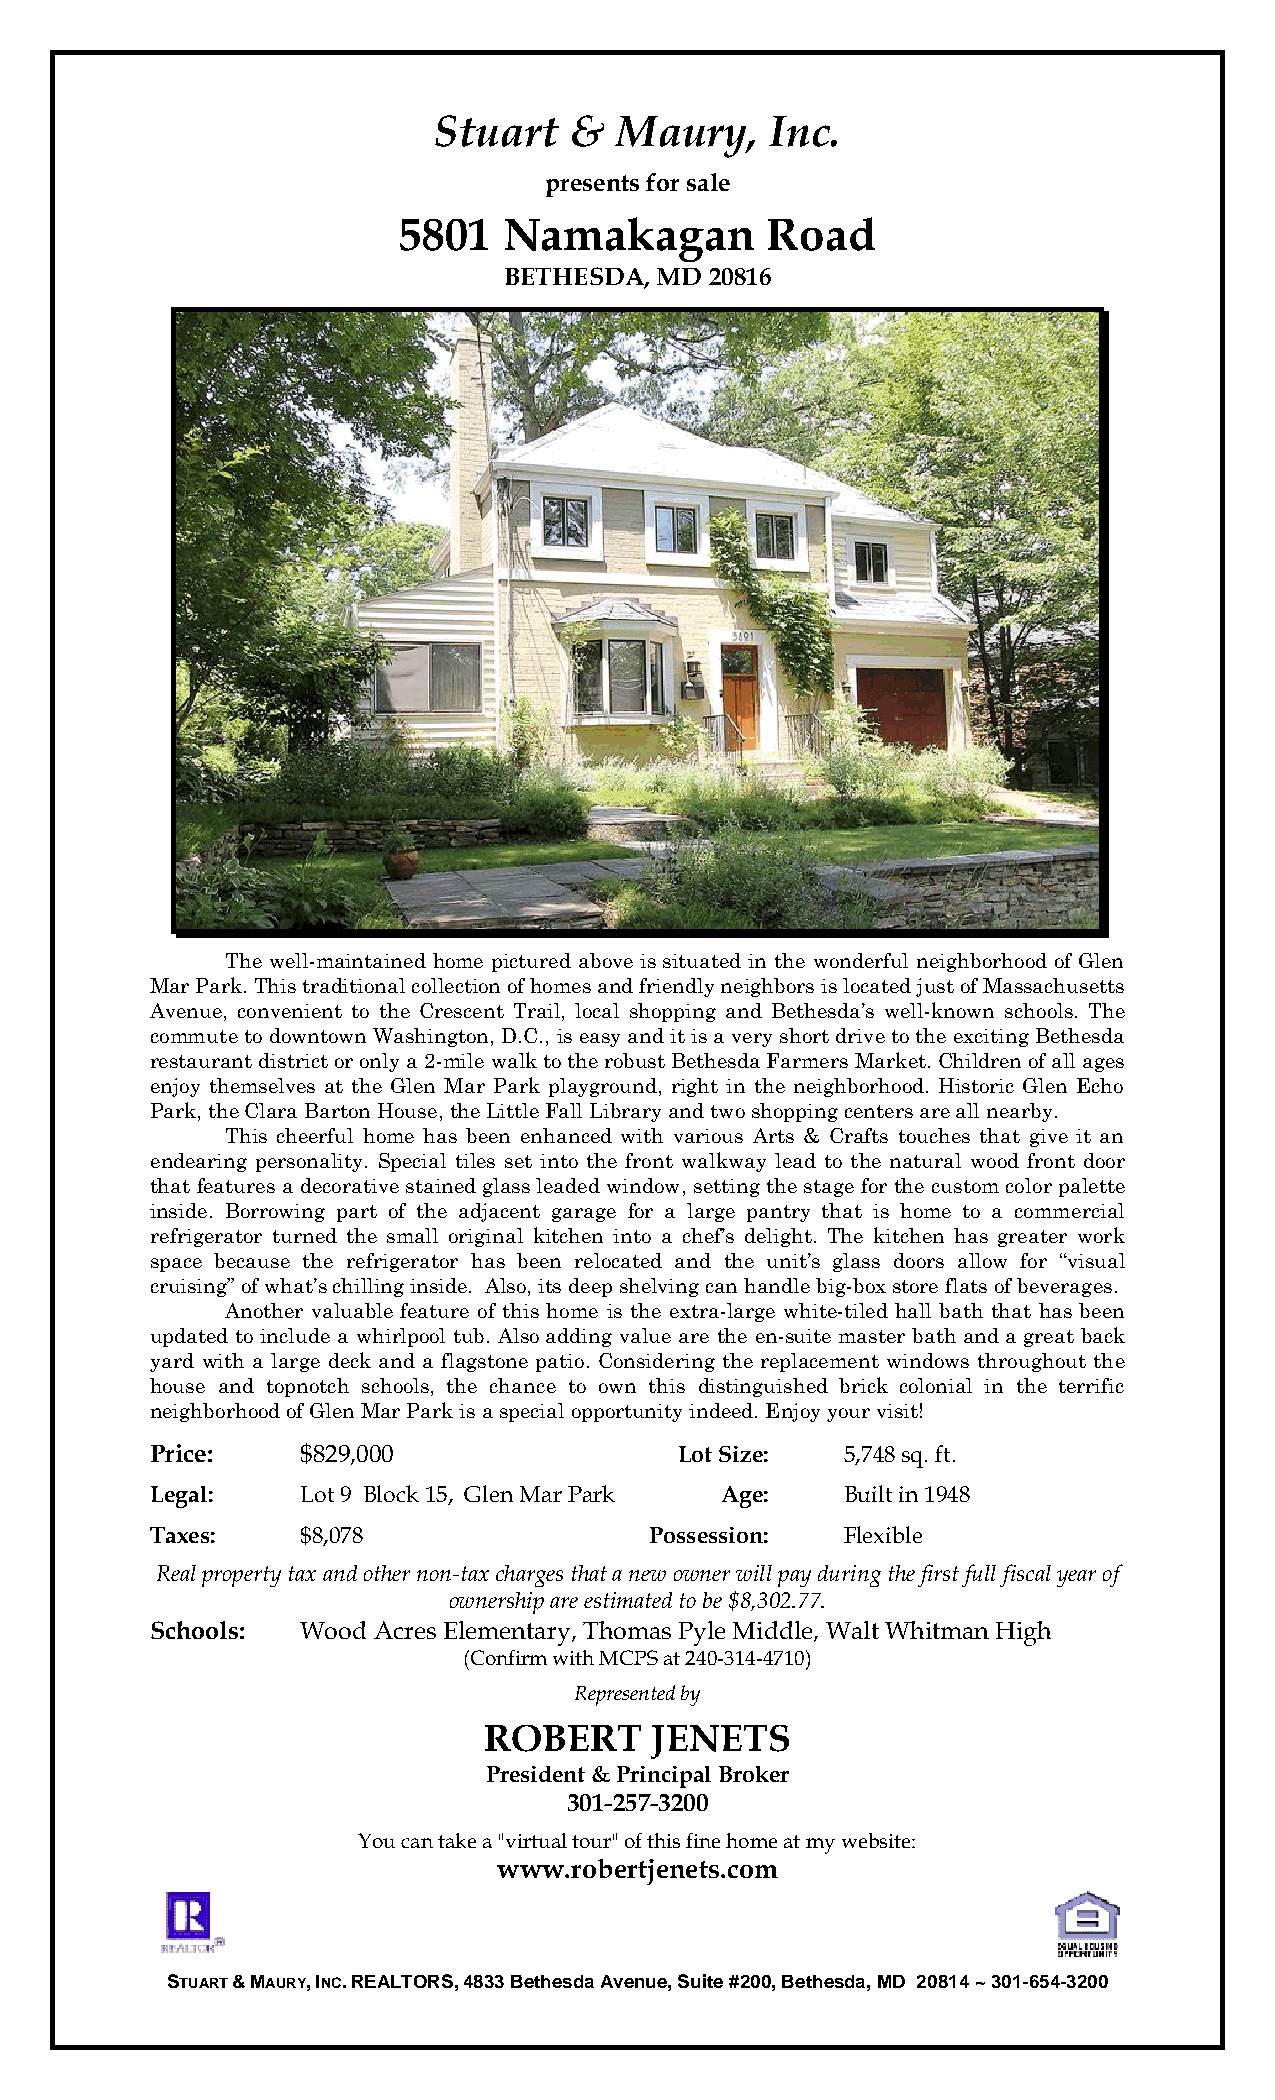
Stuart   &  Maury,    Inc.
 presents for sale
 5801   Namakagan         Road
 BETHESDA, MD  20816
 The well-maintained home pictured above is situated in the wonderful neighborhood of Glen
 Mar Park. This traditional collection of homes and friendly neighbors is located just of Massachusetts
 Avenue, convenient to the Crescent Trail, local shopping and Bethesda’s well-known schools. The
 commute to downtown Washington, D.C., is easy and it is a very short drive to the exciting Bethesda
 restaurant district or only a 2-mile walk to the robust Bethesda Farmers Market. Children of all ages
 enjoy themselves at the Glen Mar Park playground, right in the neighborhood. Historic Glen Echo
 Park, the Clara Barton House, the Little Fall Library and two shopping centers are all nearby.
 This cheerful home has been enhanced with various Arts & Crafts touches that give it an
 endearing personality. Special tiles set into the front walkway lead to the natural wood front door
 that features a decorative stained glass leaded window, setting the stage for the custom color palette
 inside. Borrowing part of the adjacent garage for a large pantry that is home to a commercial
 refrigerator turned the small original kitchen into a chef’s delight. The kitchen has greater work
 space because the refrigerator has been relocated and the unit’s glass doors allow for “visual
 cruising” of what’s chilling inside. Also, its deep shelving can handle big-box store flats of beverages.
 Another valuable feature of this home is the extra-large white-tiled hall bath that has been
 updated to include a whirlpool tub. Also adding value are the en-suite master bath and a great back
 yard with a large deck and a flagstone patio. Considering the replacement windows throughout the
 house and topnotch schools, the chance to own this distinguished brick colonial in the terrific
 neighborhood of Glen Mar Park is a special opportunity indeed. Enjoy your visit!
 Price:    $829,000                 Lot Size:  5,748 sq. ft.
 Legal:    Lot 9 Block 15, Glen Mar Park Age:  Built in 1948
 Taxes:    $8,078                 Possession:  Flexible
 Real property tax and other non-tax charges that a new owner will pay during the first full fiscal year of
 ownership are estimated to be $8,302.77.
 Schools:  Wood Acres Elementary, Thomas Pyle Middle, Walt Whitman High
 (Confirm with MCPS at 240-314-4710)
 Represented by
 ROBERT     JENETS
 President & Principal Broker
 301-257-3200
 You can take a "virtual tour" of this fine home at my website:
 www.robertjenets.com
 STUART & MAURY, INC. REALTORS, 4833 Bethesda Avenue, Suite #200, Bethesda, MD 20814 ~ 301-654-3200